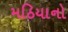
મઠિયાનો